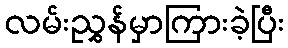
လမ်းညွှန်မှာကြားခဲ့ပြီး